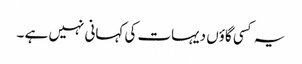
یہ کسی گاؤں دیہات کی کہانی نہیں ہے ۔